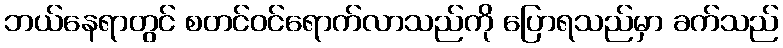
ဘယ်နေရာတွင် စတင်ဝင်ရောက်လာသည်ကို ပြောရသည်မှာ ခက်သည်